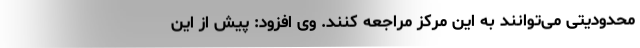
محدودیتی می‌توانند به این مرکز مراجعه کنند. وی افزود: پیش از این